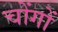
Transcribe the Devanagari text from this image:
चोंगों